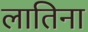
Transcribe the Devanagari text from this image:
लातिना